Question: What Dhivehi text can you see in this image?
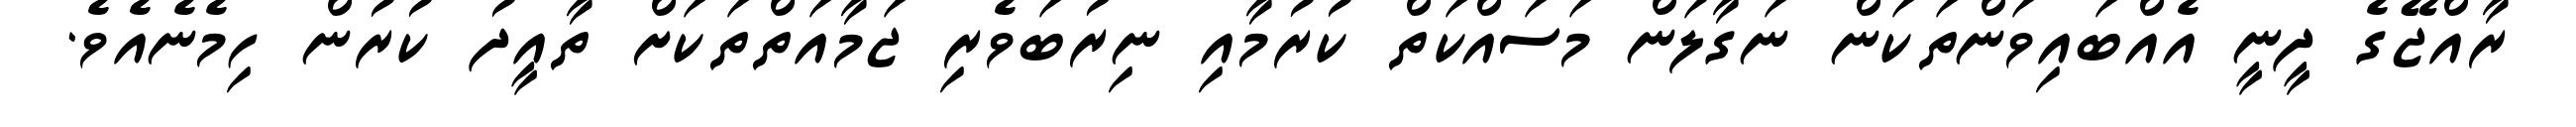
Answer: ރާއްޖޭގެ ދީނީ އެއްބައިވަންތަކަން ނަގާލަން މަސައްކަތް ކުރުމާއި ނިރުބަވެރި ޖަމާއަތްތަކަށް ތާއީދު ކުރުން ހިމެނެއެވެ.